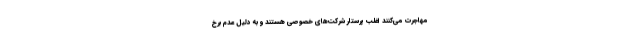
مهاجرت می‌کنند اغلب پرستار شرکت‌های خصوصی هستند و به دلیل عدم برخ